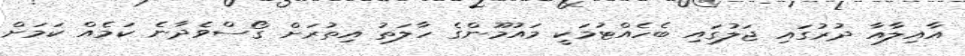
އާއިލާއާ ދުރުގައި ޖަލުގައި ބެހެއްޓުމަކީ މައުމޫންގެ ހާލަތު އިތުރަށް ގޯސްވެދާނެ ކަމެއް ކަމަށް